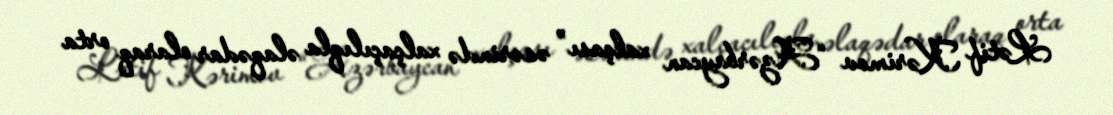
Lətif Kərimov “Azərbaycan xalçası” əsərində xalçaçılıqla əlaqədar olaraq orta